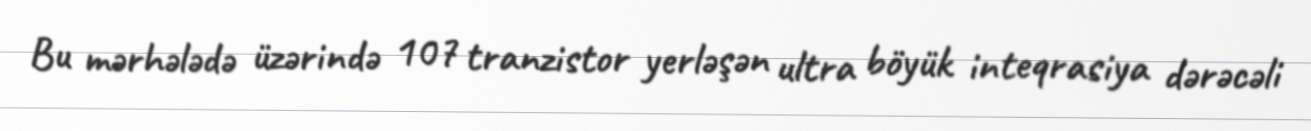
Bu mərhələdə üzərində 107 tranzistor yerləşən ultra böyük inteqrasiya dərəcəli